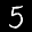
Label: 5